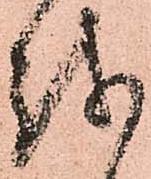
越